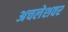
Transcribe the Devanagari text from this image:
अचलेशवर